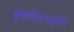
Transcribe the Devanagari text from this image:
भूगर्भशास्त्रानुसार